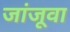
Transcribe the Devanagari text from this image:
जांजूवा